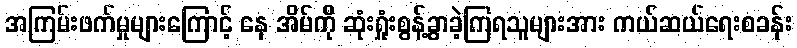
အကြမ်းဖက်မှုများကြောင့် နေ အိမ်ကို ဆုံးရှုံးစွန့်ခွာခဲ့ကြရသူများအား ကယ်ဆယ်ရေးစခန်း